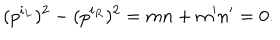
( p ^ { i _ { L } } ) ^ { 2 } - ( p ^ { i _ { R } } ) ^ { 2 } = m n + m ^ { \prime } n ^ { \prime } = 0 .